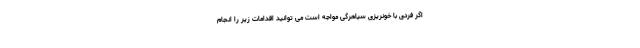
اگر فردی با خونریزی سیاهرگی مواجه است می توانید اقدامات زیر را انجام